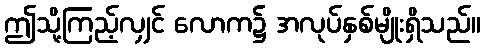
ဤသို့ကြည့်လျှင် လောက၌ အလုပ်နှစ်မျိုးရှိသည်။